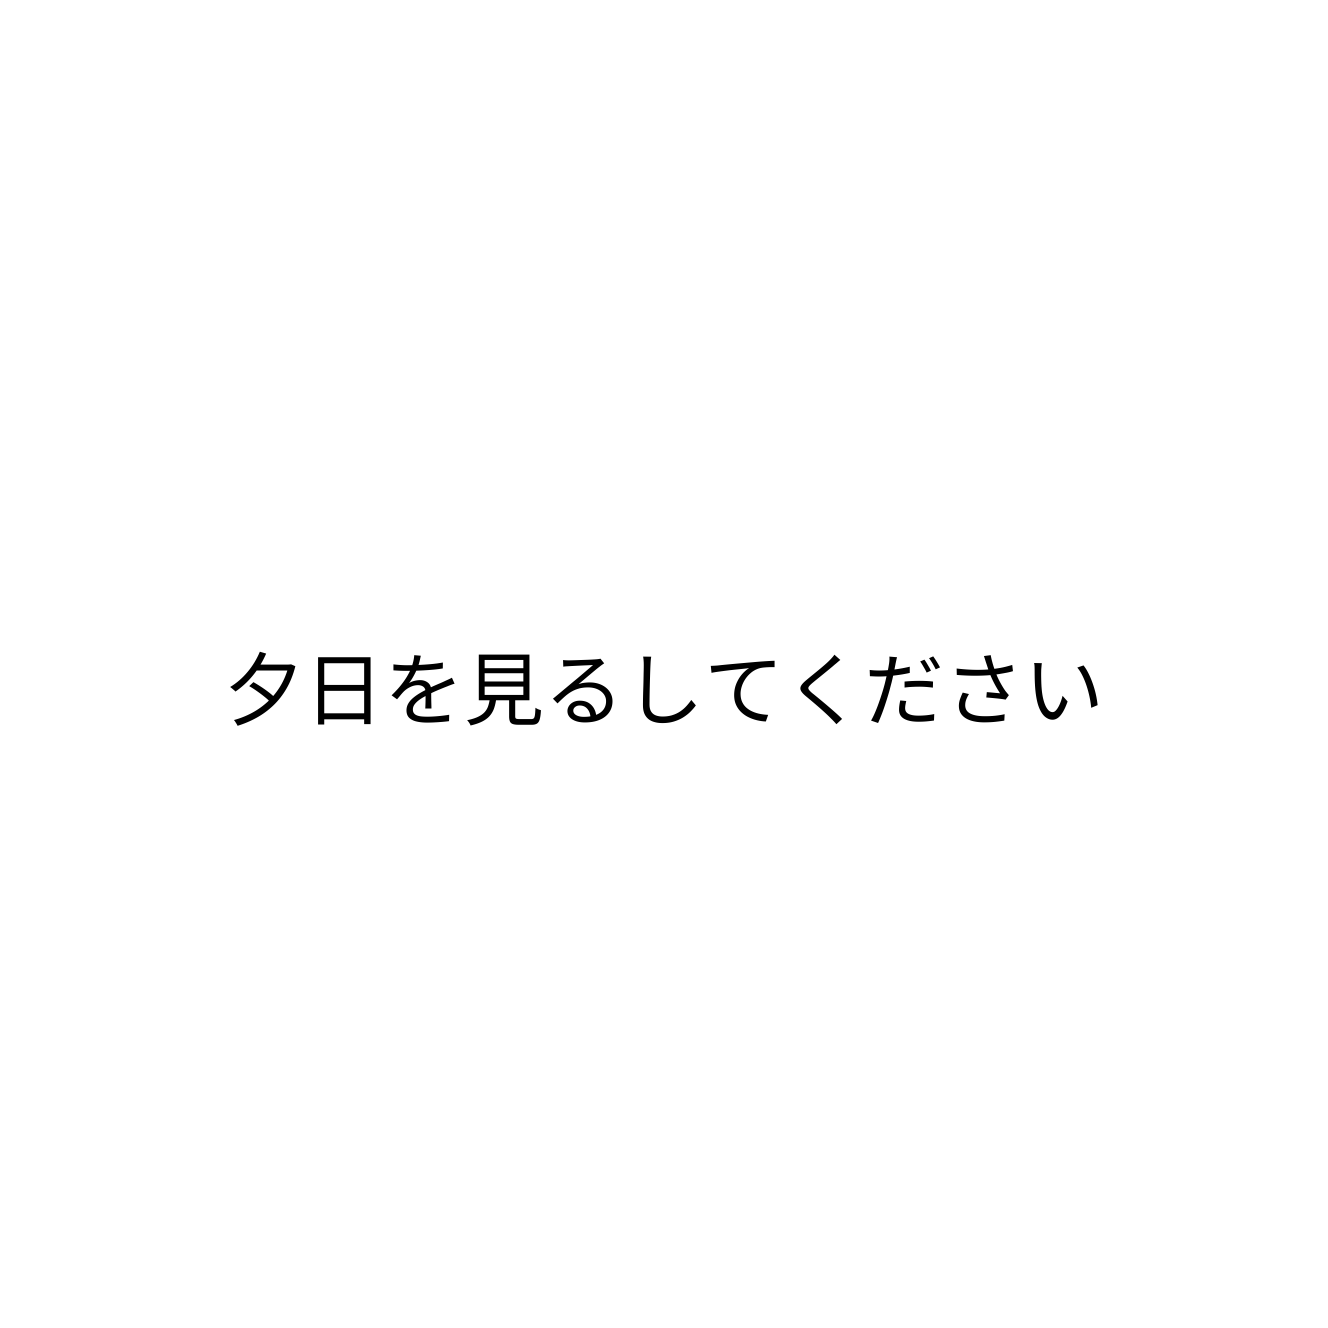
夕日を見るしてください